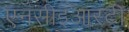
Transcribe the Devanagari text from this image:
एनसीइआरटी